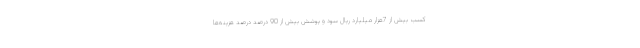
کسب بیش از 7هزار میلیارد ریال سود و پوشش بیش از 90 درصد درصد هزینه‌ها